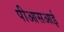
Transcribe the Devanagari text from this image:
पीआसआई